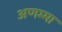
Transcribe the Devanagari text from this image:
अणम्मा